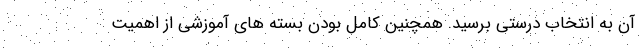
آن به انتخاب درستی برسید. همچنین کامل بودن بسته های آموزشی از اهمیت